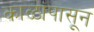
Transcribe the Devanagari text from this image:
काळांपासून